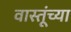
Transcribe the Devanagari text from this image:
वास्तूंच्या